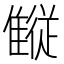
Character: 𱁋